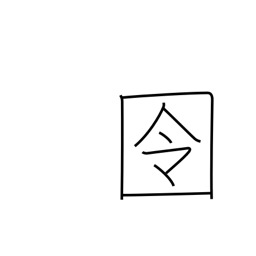
Meaning: prison